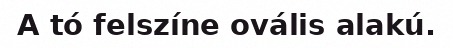
A tó felszíne ovális alakú.